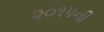
૨૦૧૫ની